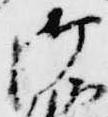
御